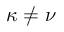
\kappa \neq \nu